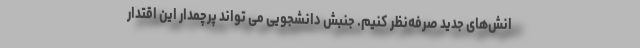
انش‌های جدید صرفه‌نظر کنیم. جنبش دانشجویی می تواند پرچمدار این اقتدار